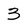
Character: 3